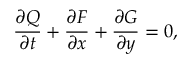
\frac { \partial Q } { \partial t } + \frac { \partial F } { \partial x } + \frac { \partial G } { \partial y } = 0 ,